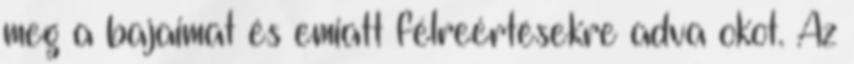
meg a bajaimat és emiatt félreértésekre adva okot. Az